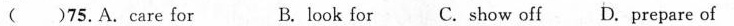
( )75.A.care for B. look for C.show off D.prepare of